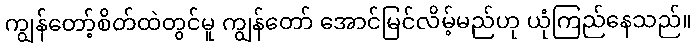
ကျွန်တော့်စိတ်ထဲတွင်မူ ကျွန်တော် အောင်မြင်လိမ့်မည်ဟု ယုံကြည်နေသည်။